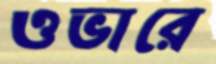
ওভারে